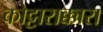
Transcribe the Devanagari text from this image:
कोट्टाराक्कारा